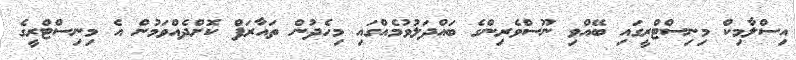
އިސްލާމިކް މިނިސްޓްރީގައި ބޭއްވި ނޫސްވެރިންގެ ބައްދަލުވުމެއްގައި މިހެދުން ތައާރަފް ކޮށްދެއްވަމުން އެ މިނިސްޓްރީގެ